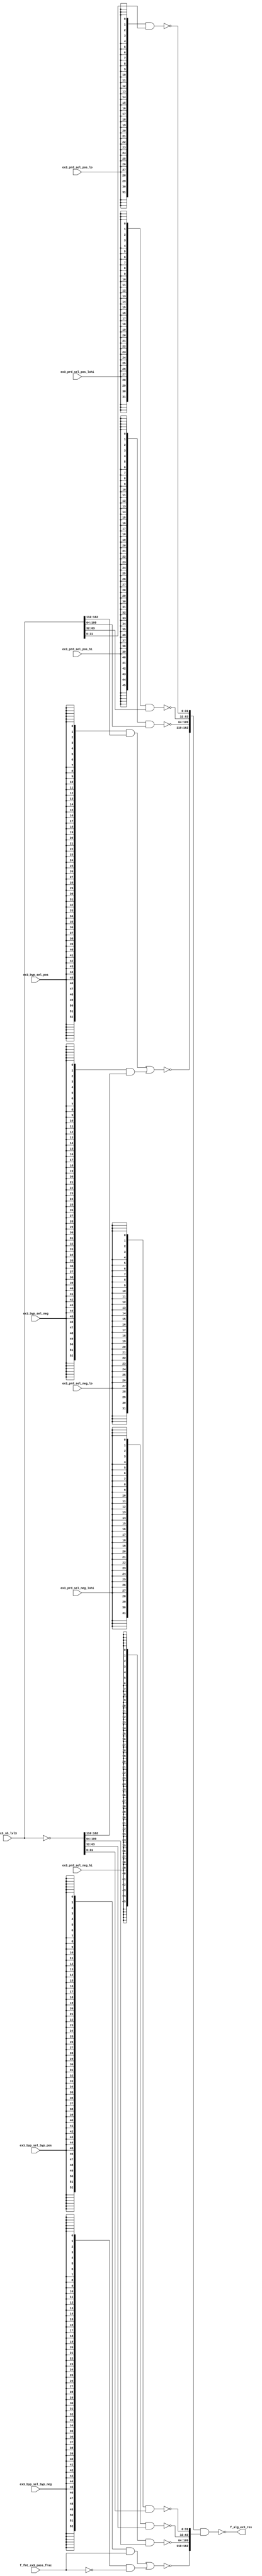
module fu_alg_bypmux(
   ex3_byp_sel_byp_neg,
   ex3_byp_sel_byp_pos,
   ex3_byp_sel_neg,
   ex3_byp_sel_pos,
   ex3_prd_sel_neg_hi,
   ex3_prd_sel_neg_lo,
   ex3_prd_sel_neg_lohi,
   ex3_prd_sel_pos_hi,
   ex3_prd_sel_pos_lo,
   ex3_prd_sel_pos_lohi,
   ex3_sh_lvl3,
   f_fmt_ex3_pass_frac,
   f_alg_ex3_res
);
   //--------- BYPASS CONTROLS -----------------
   input          ex3_byp_sel_byp_neg;
   input          ex3_byp_sel_byp_pos;
   input          ex3_byp_sel_neg;
   input          ex3_byp_sel_pos;
   input          ex3_prd_sel_neg_hi;
   input          ex3_prd_sel_neg_lo;
   input          ex3_prd_sel_neg_lohi;
   input          ex3_prd_sel_pos_hi;
   input          ex3_prd_sel_pos_lo;
   input          ex3_prd_sel_pos_lohi;

   //--------- BYPASS DATA -----------------
   input [0:162]  ex3_sh_lvl3;
   input [0:52]   f_fmt_ex3_pass_frac;

   //-------- BYPASS OUTPUT ---------------
   output [0:162] f_alg_ex3_res;

   // ENTITY


   parameter      tiup = 1'b1;
   parameter      tidn = 1'b0;

   wire [0:162]   m0_b;
   wire [0:162]   m1_b;
   wire [0:162]   ex3_sh_lvl3_b;
   wire [0:52]    f_fmt_ex3_pass_frac_b;


   //#-------------------------------------------------
   //# bypass mux & operand flip
   //#-------------------------------------------------
   //# integer operation positions
   //#         32          32
   //#       99:130    131:162

   assign ex3_sh_lvl3_b[0:162] = (~(ex3_sh_lvl3[0:162]));
   assign f_fmt_ex3_pass_frac_b[0:52] = (~(f_fmt_ex3_pass_frac[0:52]));

   //--------------------------------------------------------------

   assign m0_b[0:52] = (~(({53{ex3_byp_sel_pos}} & ex3_sh_lvl3[0:52]) |
                          ({53{ex3_byp_sel_neg}} & ex3_sh_lvl3_b[0:52])));

   assign m1_b[0:52] = (~(({53{ex3_byp_sel_byp_pos}} & f_fmt_ex3_pass_frac[0:52]) |
                          ({53{ex3_byp_sel_byp_neg}} & f_fmt_ex3_pass_frac_b[0:52])));
   //---------------------------------------------------------------
   //---------------------------------------------------------------

   assign m0_b[53:98] = (~({46{ex3_prd_sel_pos_hi}} & ex3_sh_lvl3[53:98]));

   assign m1_b[53:98] = (~({46{ex3_prd_sel_neg_hi}} & ex3_sh_lvl3_b[53:98]));

   //---------------------------------------------------------------

   assign m0_b[99:130] = (~({32{ex3_prd_sel_pos_lohi}} & ex3_sh_lvl3[99:130]));

   assign m1_b[99:130] = (~({32{ex3_prd_sel_neg_lohi}} & ex3_sh_lvl3_b[99:130]));

   //---------------------------------------------------------------

   assign m0_b[131:162] = (~({32{ex3_prd_sel_pos_lo}} & ex3_sh_lvl3[131:162]));

   assign m1_b[131:162] = (~({32{ex3_prd_sel_neg_lo}} & ex3_sh_lvl3_b[131:162]));

   //---------------------------------------------------------------

   assign f_alg_ex3_res[0:162] = (~(m0_b[0:162] & m1_b[0:162]));


endmodule